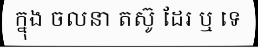
ក្នុង ចលនា តស៊ូ ដែរ ឬ ទេ